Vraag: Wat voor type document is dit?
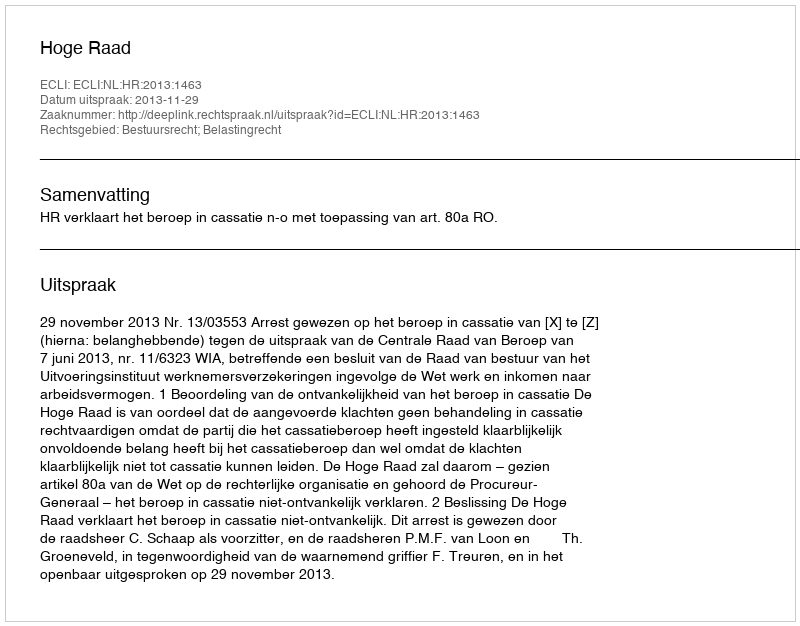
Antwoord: Uitspraak